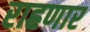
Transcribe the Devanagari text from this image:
राह्रणार